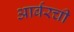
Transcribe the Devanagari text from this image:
आर्बरची